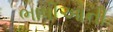
ભાષીઓની